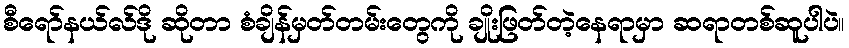
စီရော်နယ်လ်ဒို ဆိုတာ စံချိန်မှတ်တမ်းတွေကို ချိုးဖြတ်တဲ့နေရာမှာ ဆရာတစ်ဆူပါပဲ။